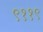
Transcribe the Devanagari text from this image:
९११९